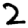
Digit: 2